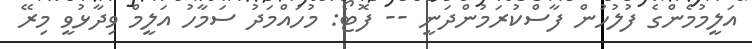
އަލީމުމެންގެ ފުލުހުން ފާސްކުރަމުންދަނީ -- ފޮޓޯ: މުހައްމަދު ސަމާހު އަލީމް ވިދާޅުވީ މިރޭ